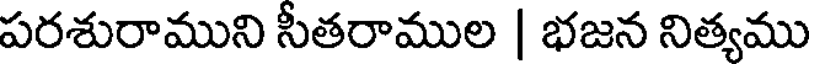
పరశురాముని సీతరాముల | భజన నిత్యము